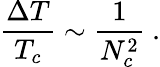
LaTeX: {\frac{\Delta T}{T_{c}}}\sim{\frac{1}{N_{c}^{2}}}\ .